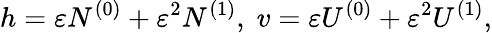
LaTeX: h=\varepsilon N^{(0)}+\varepsilon^{2}N^{(1)},\; v=\varepsilon U^{(0)}+\varepsilon^{2}U^{(1)},